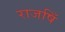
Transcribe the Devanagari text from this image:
राजषिँ